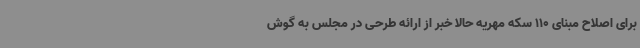
برای اصلاح مبنای 110 سکه مهریه حالا خبر از ارائه طرحی در مجلس به گوش